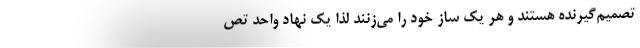
تصمیم‌گیرنده هستند و هر یک ساز خود را می‌زنند لذا یک نهاد واحد تص